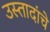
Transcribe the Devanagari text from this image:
उस्तादांचे